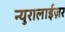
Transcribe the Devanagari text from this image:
न्युरालाईज़र